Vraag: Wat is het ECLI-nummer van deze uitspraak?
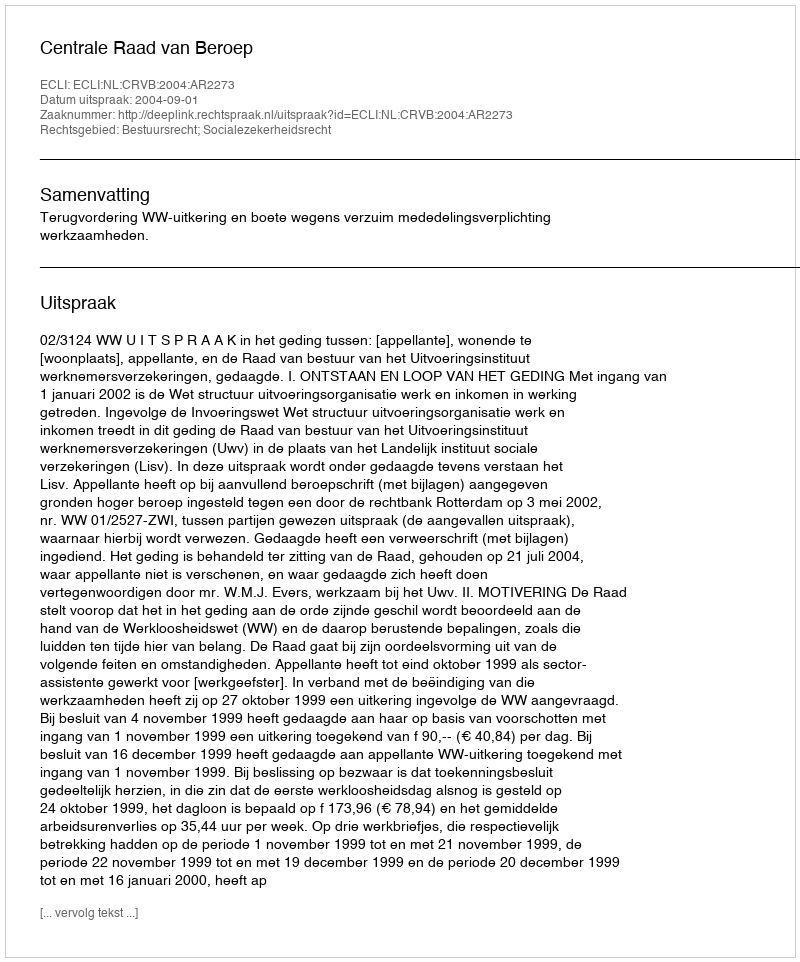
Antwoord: ECLI:NL:CRVB:2004:AR2273